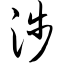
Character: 涉